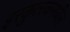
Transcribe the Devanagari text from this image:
इरकुत्स्कमधील